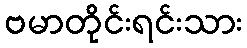
ဗမာတိုင်းရင်းသား